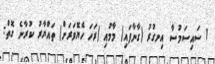
1 ސައިސަމުސާ އިނގުރު (ގާނާފައި) މާމުއި (ރަހަ ހެޔޮވަރަށް) ތައްޔާރު ކުރާނެ ގޮތް: